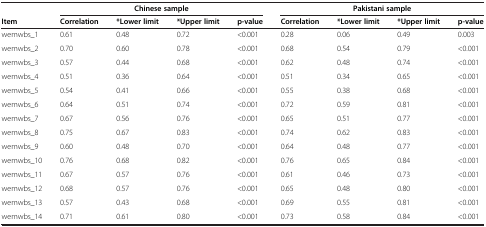
<table><thead><tr><td><b> </b></td><td colspan="4"><b>Chinese sample</b></td><td colspan="4"><b>Pakistani sample</b></td></tr><tr><td><b>Item</b></td><td><b>Correlation</b></td><td><b>*Lower limit</b></td><td><b>*Upper limit</b></td><td><b>p-value</b></td><td><b>Correlation</b></td><td><b>*Lower limit</b></td><td><b>*Upper limit</b></td><td><b>p-value</b></td></tr></thead><tbody><tr><td>wemwbs_1</td><td>0.61</td><td>0.48</td><td>0.72</td><td>&lt;0.001</td><td>0.28</td><td>0.06</td><td>0.49</td><td>0.003</td></tr><tr><td>wemwbs_2</td><td>0.70</td><td>0.60</td><td>0.78</td><td>&lt;0.001</td><td>0.68</td><td>0.54</td><td>0.79</td><td>&lt;0.001</td></tr><tr><td>wemwbs_3</td><td>0.57</td><td>0.44</td><td>0.68</td><td>&lt;0.001</td><td>0.62</td><td>0.48</td><td>0.74</td><td>&lt;0.001</td></tr><tr><td>wemwbs_4</td><td>0.51</td><td>0.36</td><td>0.64</td><td>&lt;0.001</td><td>0.51</td><td>0.34</td><td>0.65</td><td>&lt;0.001</td></tr><tr><td>wemwbs_5</td><td>0.54</td><td>0.41</td><td>0.66</td><td>&lt;0.001</td><td>0.55</td><td>0.38</td><td>0.68</td><td>&lt;0.001</td></tr><tr><td>wemwbs_6</td><td>0.64</td><td>0.51</td><td>0.74</td><td>&lt;0.001</td><td>0.72</td><td>0.59</td><td>0.81</td><td>&lt;0.001</td></tr><tr><td>wemwbs_7</td><td>0.67</td><td>0.56</td><td>0.76</td><td>&lt;0.001</td><td>0.65</td><td>0.51</td><td>0.77</td><td>&lt;0.001</td></tr><tr><td>wemwbs_8</td><td>0.75</td><td>0.67</td><td>0.83</td><td>&lt;0.001</td><td>0.74</td><td>0.62</td><td>0.83</td><td>&lt;0.001</td></tr><tr><td>wemwbs_9</td><td>0.60</td><td>0.48</td><td>0.70</td><td>&lt;0.001</td><td>0.64</td><td>0.48</td><td>0.77</td><td>&lt;0.001</td></tr><tr><td>wemwbs_10</td><td>0.76</td><td>0.68</td><td>0.82</td><td>&lt;0.001</td><td>0.76</td><td>0.65</td><td>0.84</td><td>&lt;0.001</td></tr><tr><td>wemwbs_11</td><td>0.67</td><td>0.57</td><td>0.76</td><td>&lt;0.001</td><td>0.61</td><td>0.46</td><td>0.73</td><td>&lt;0.001</td></tr><tr><td>wemwbs_12</td><td>0.68</td><td>0.57</td><td>0.76</td><td>&lt;0.001</td><td>0.65</td><td>0.48</td><td>0.80</td><td>&lt;0.001</td></tr><tr><td>wemwbs_13</td><td>0.57</td><td>0.43</td><td>0.68</td><td>&lt;0.001</td><td>0.69</td><td>0.55</td><td>0.81</td><td>&lt;0.001</td></tr><tr><td>wemwbs_14</td><td>0.71</td><td>0.61</td><td>0.80</td><td>&lt;0.001</td><td>0.73</td><td>0.58</td><td>0.84</td><td>&lt;0.001</td></tr></tbody></table>